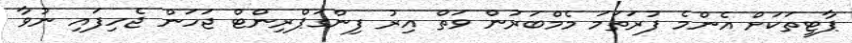
ޕާޓީތަކަށް އެންމެ ފުރަތަމަ މެމްބަރުން ވަތް އިރު ފިންގަޕްރިންޓް ޖަހަން ޖެހިފައި ނުވާ